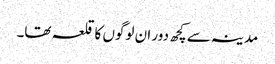
مدینہ سے کچھ دور ان لوگوں کا قلعہ تھا۔